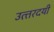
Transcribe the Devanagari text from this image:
उत्‍तरदयी